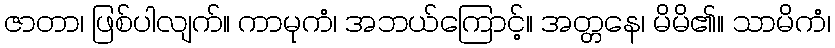
ဇာတာ၊ ဖြစ်ပါလျက်။ ကာမုကံ၊ အဘယ်ကြောင့်။ အတ္တနေ၊ မိမိ၏။ သာမိကံ၊